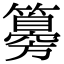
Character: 𥵨